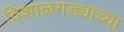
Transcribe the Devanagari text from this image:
विशाळगड्याच्या